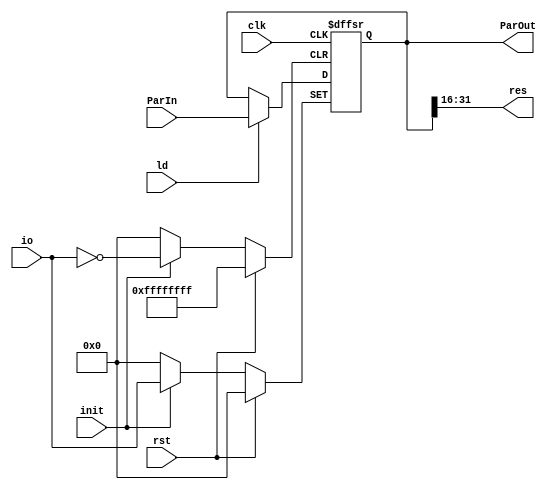
`timescale 1ns/1ns
module register32 (input clk,rst,init,ld,input[31:0] ParIn,input[31:0] io,output reg[31:0] ParOut,output [15:0] res);
	wire [15:0] temp;
	always @(posedge clk,posedge rst,posedge init)begin
		if(rst)
			ParOut<=32'b0;
		else 
			if(init)
				ParOut<= io;
			else
				ParOut<= (ld) ? ParIn : ParOut;
	end
	assign {res,temp}=ParOut;
endmodule